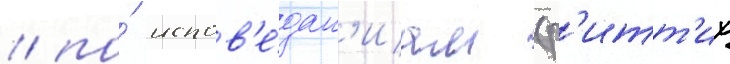
/ по́ испов'е́дан'иам (р'итт'их